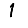
Digit: 1